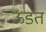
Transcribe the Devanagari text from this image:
ऊडत